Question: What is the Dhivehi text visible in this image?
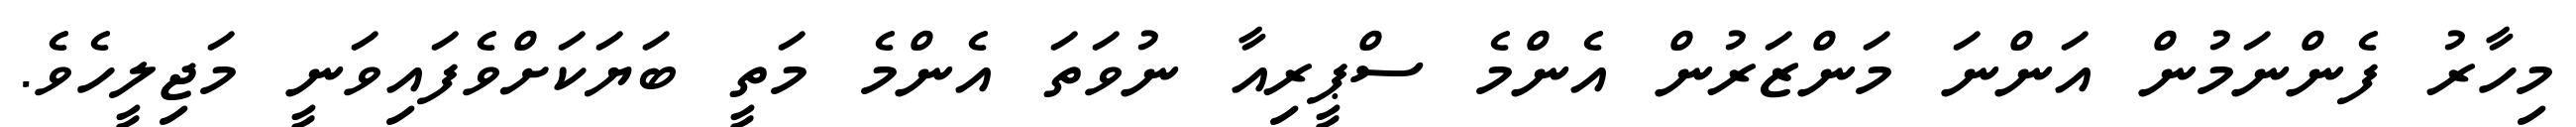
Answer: މިހާރު ފެންނަމުން އަންނަ މަންޒަރުން އެންމެ ސްޕީރިއާ ނުވަތަ އެންމެ މަތީ ބަޔަކަށްވެފައިވަނީ މަޖިލީހެވެ.